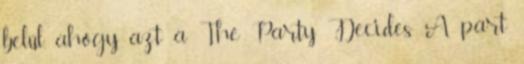
belül, ahogy azt a The Party Decides A párt